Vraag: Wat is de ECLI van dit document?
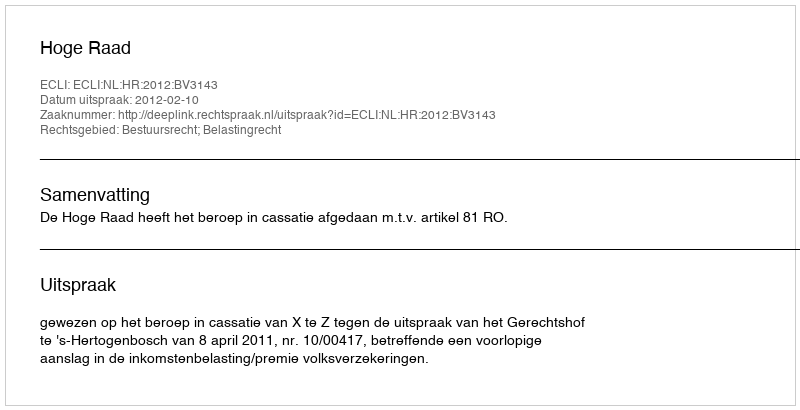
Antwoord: ECLI:NL:HR:2012:BV3143